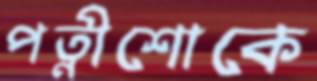
পত্নীশোকে